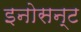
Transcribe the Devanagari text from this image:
इनोसन्ट